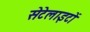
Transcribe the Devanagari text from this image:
सेटेलाइटों